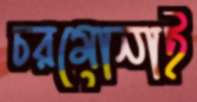
চরমোনাই